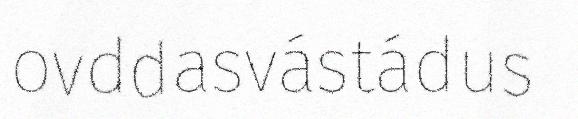
ovddasvástádus